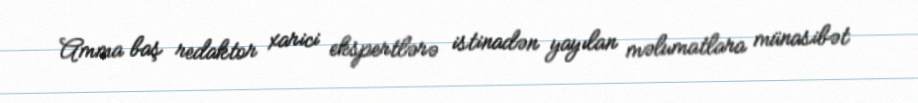
Amma baş redaktor xarici ekspertlərə istinadən yayılan məlumatlara münasibət